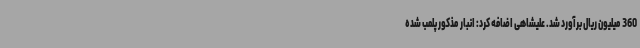
360 میلیون ریال برآورد شد. علیشاهی اضافه کرد: انبار مذکور پلمب شده